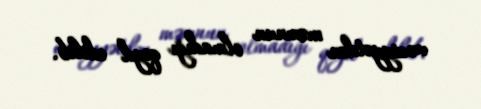
vəziyyətdən məmnun olmadığı qeyd edilib.